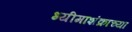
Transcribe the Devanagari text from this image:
भ्यीमाशंक्राच्या